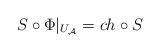
LaTeX: \begin{align*}S\circ \Phi|_{U_{\mathcal{A}}}= ch\circ S\end{align*}